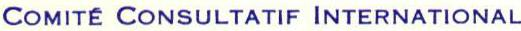
COMITÉ CONSULTATIF INTERNATIONAL